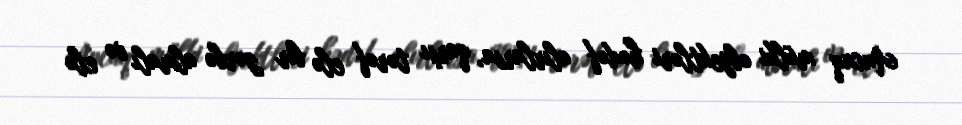
Ancaq mülki obyektləri hədəf alırlarsa, qarşı tərəf elə bir zərbə almalı və elə